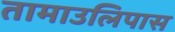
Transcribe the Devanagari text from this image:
तामाउलिपास